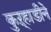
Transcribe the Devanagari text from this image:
कुऱ्हाडीने